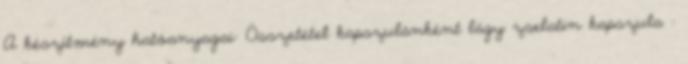
A készítmény hatóanyagai: Összetétel kapszulánként lágy zselatin kapszula :